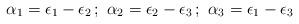
LaTeX: \begin{align*}\alpha_1=\epsilon_1-\epsilon_2\,;\,\,\alpha_2=\epsilon_2-\epsilon_3\,;\,\,\alpha_3=\epsilon_1-\epsilon_3\end{align*}